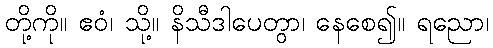
တို့ကို။ ဧဝံ၊ သို့။ နိသီဒါပေတွာ၊ နေစေ၍။ ရညော၊